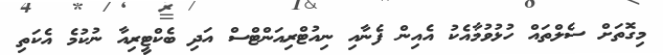
މިގޮތަށް ސެލްތައް ހުޅުވުމާއެކު އެއިން ފެނާއި ނިއުޓްރިއަންޓްސް އަދި ބެކްޓީރިއާ ނުކުމެ އެކަތި